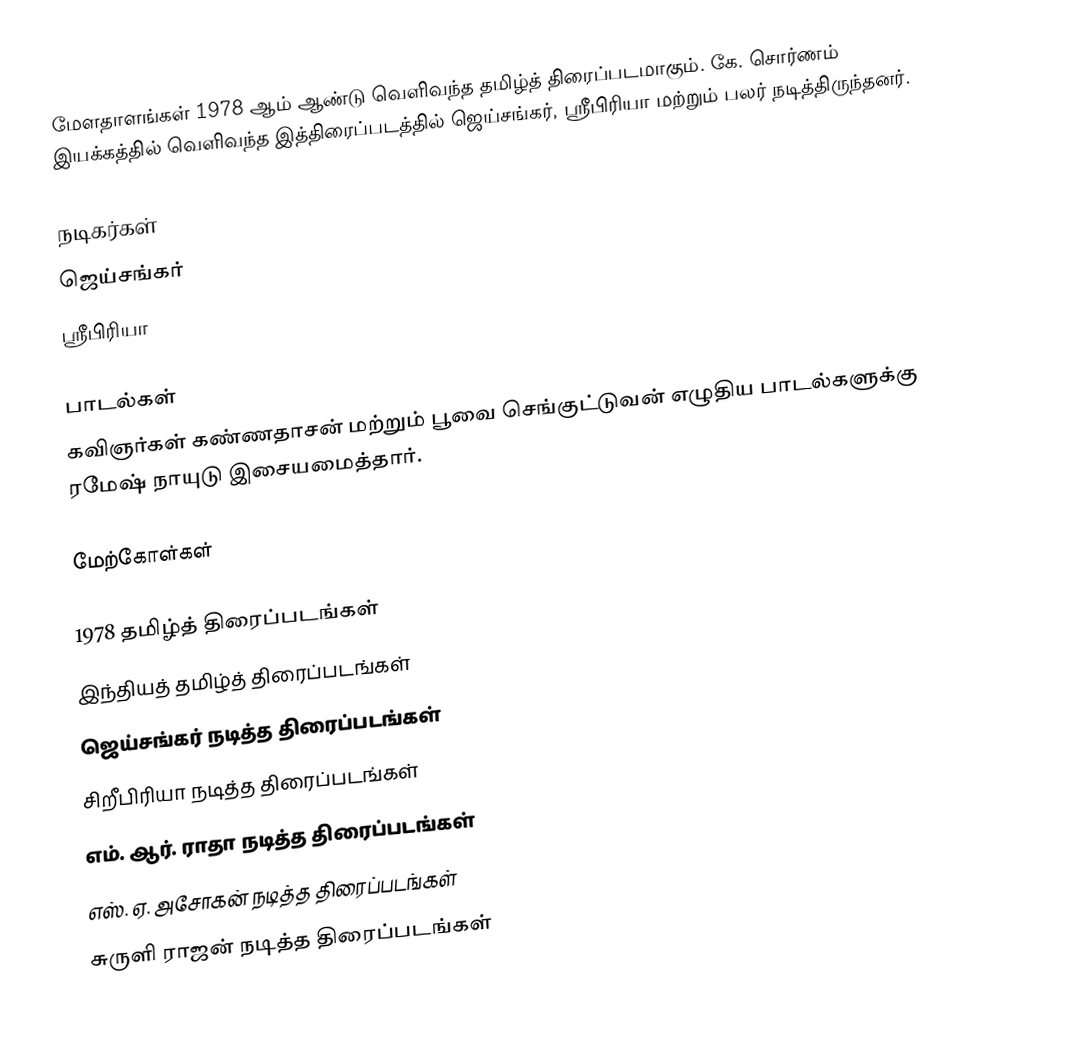
மேளதாளங்கள் 1978 ஆம் ஆண்டு வெளிவந்த தமிழ்த் திரைப்படமாகும். கே. சொர்ணம் இயக்கத்தில் வெளிவந்த இத்திரைப்படத்தில் ஜெய்சங்கர், ஸ்ரீபிரியா மற்றும் பலர் நடித்திருந்தனர்.

நடிகர்கள்
 ஜெய்சங்கர்
 ஸ்ரீபிரியா

பாடல்கள்
கவிஞர்கள் கண்ணதாசன் மற்றும் பூவை செங்குட்டுவன் எழுதிய பாடல்களுக்கு ரமேஷ் நாயுடு இசையமைத்தார்.

மேற்கோள்கள்

1978 தமிழ்த் திரைப்படங்கள்
இந்தியத் தமிழ்த் திரைப்படங்கள்
ஜெய்சங்கர் நடித்த திரைப்படங்கள்
சிறீபிரியா நடித்த திரைப்படங்கள்
எம். ஆர். ராதா நடித்த திரைப்படங்கள்
எஸ். ஏ. அசோகன் நடித்த திரைப்படங்கள்
சுருளி ராஜன் நடித்த திரைப்படங்கள்